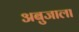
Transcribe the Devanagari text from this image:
अबुजाला